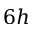
6 h